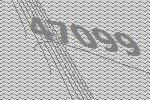
47099